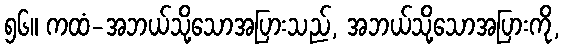
၅၆။ ကထံ-အဘယ်သို့သောအပြားသည်, အဘယ်သို့သောအပြားကို,